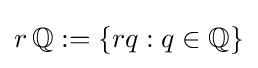
r\,\mathbb {Q} :=\{rq:q\in \mathbb {Q} \}